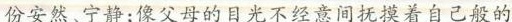
份安然、宁静;像父母的目光不经意间抚摸着自己般的